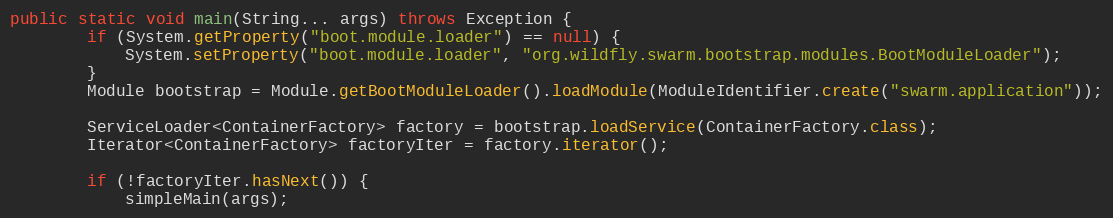
Language: Java
public static void main(String... args) throws Exception {
        if (System.getProperty("boot.module.loader") == null) {
            System.setProperty("boot.module.loader", "org.wildfly.swarm.bootstrap.modules.BootModuleLoader");
        }
        Module bootstrap = Module.getBootModuleLoader().loadModule(ModuleIdentifier.create("swarm.application"));

        ServiceLoader<ContainerFactory> factory = bootstrap.loadService(ContainerFactory.class);
        Iterator<ContainerFactory> factoryIter = factory.iterator();

        if (!factoryIter.hasNext()) {
            simpleMain(args);